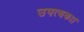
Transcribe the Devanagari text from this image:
उपत्यका।